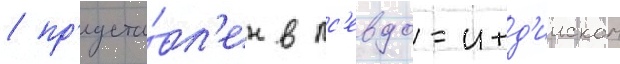
/ пр'едста́вл'ен в пс'евдо-инд'ииском